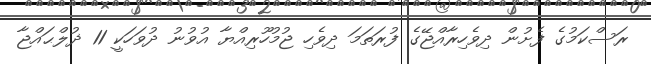
ރަސްކަމުގެ ފެށުން ދިވެހިރާއްޖޭގެ ފުރަތަމަ ދިވެހި ޖުމުހޫރިއްޔާ އުވުނު ދުވަހަކީ 11 ޛުލްޙައްޖާ